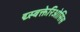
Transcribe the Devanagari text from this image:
द्य्स्बक्तेरिओसिस